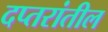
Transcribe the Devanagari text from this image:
दप्तरांतील